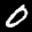
Label: 0